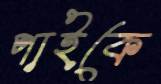
পাইকে